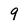
Character: 9